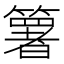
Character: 𥵟